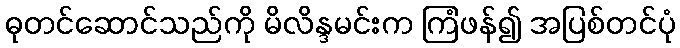
ဓုတင်ဆောင်သည်ကို မိလိန္ဒမင်းက ကြံဖန်၍ အပြစ်တင်ပုံ